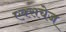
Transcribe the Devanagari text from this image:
एक्सचेज